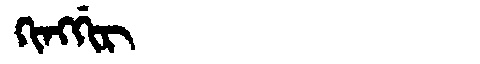
Manchu: ᡴᡳᠩᡤᡳᡵ
Romanization: KINGGIR